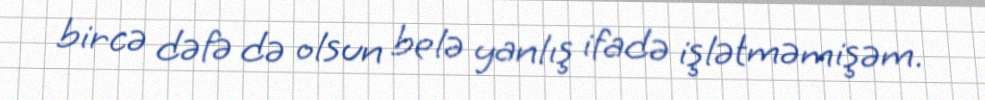
bircə dəfə də olsun belə yanlış ifadə işlətməmişəm.